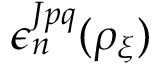
\epsilon _ { n } ^ { J p q } ( \rho _ { \xi } )